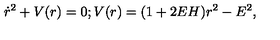
\dot { r } ^ { 2 } + V ( r ) = 0 ; V ( r ) = ( 1 + 2 E H ) r ^ { 2 } - E ^ { 2 } ,